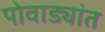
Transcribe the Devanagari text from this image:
पोवाड्यांत